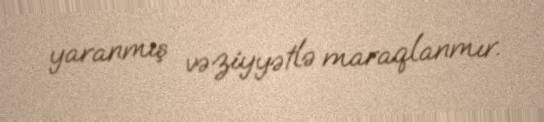
yaranmış vəziyyətlə maraqlanmır.